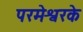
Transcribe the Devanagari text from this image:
परमेश्वरके